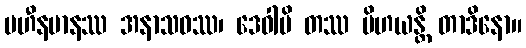
ပဟီနမာနဿ အနာသဝဿ၊ ဒေဝါပိ တဿ ပိဟယန္တိ တာဒိနော။